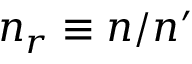
n _ { r } \equiv n / n ^ { \prime }